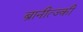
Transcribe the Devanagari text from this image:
ब्रानीत्ज्की